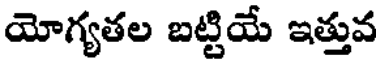
యోగ్యతల బట్టియే ఇత్తువ